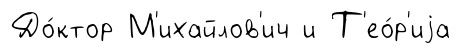
До́ктор М'ихайлов'ич и Т'ео́р'иjа